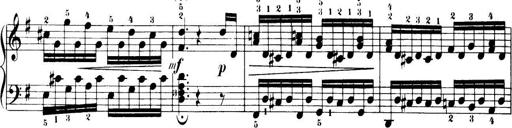
Title: 32 Sonatinas and Rondos for the Piano
Composer: Richard Kleinmichel